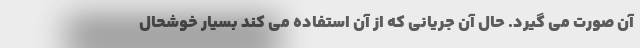
آن صورت می گیرد. حال آن جریانی که از آن استفاده می کند بسیار خوشحال